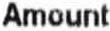
AMOUNT